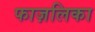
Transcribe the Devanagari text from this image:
फाज़लिका